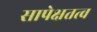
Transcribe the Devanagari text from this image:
सापेक्षतत्व